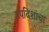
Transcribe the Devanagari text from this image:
उपदिशांचा